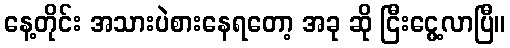
နေ့တိုင်း အသားပဲစားနေရတော့ အခု ဆို ငြီးငွေ့လာပြီ။